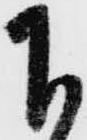
下